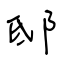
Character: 邸